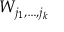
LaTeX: W _ { j _ { 1 } , \dots , j _ { k } }